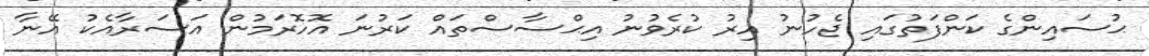
ޙުސައިންގެ ކަންފަތުގައި ޖެހުނު އިރު ކުރެވުނު އިޙްސާސްތައް ކަރުނަ އޮހޮރަމުން އަސަރާއެކު އޭނާ